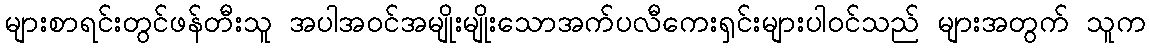
များစာရင်းတွင်ဖန်တီးသူ အပါအဝင်အမျိုးမျိုးသောအက်ပလီကေးရှင်းများပါဝင်သည် များအတွက် သူက